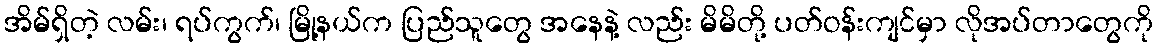
အိမ်ရှိတဲ့ လမ်း၊ ရပ်ကွက်၊ မြို့နယ်က ပြည်သူတွေ အနေနဲ့ လည်း မိမိတို့ ပတ်ဝန်းကျင်မှာ လိုအပ်တာတွေကို